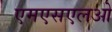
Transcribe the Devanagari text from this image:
एमएसएलओ